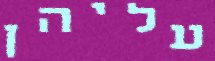
עליהן